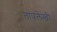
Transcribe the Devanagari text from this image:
तापलेखी